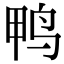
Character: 鸭